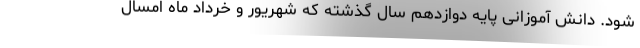
شود. دانش آموزانی پایه دوازدهم سال گذشته که شهریور و خرداد ماه امسال